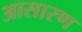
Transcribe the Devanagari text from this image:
आसारण